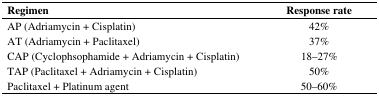
<table><thead><tr><td><b>Regimen</b></td><td><b>Response rate</b></td></tr></thead><tbody><tr><td>AP (Adriamycin + Cisplatin)</td><td>42%</td></tr><tr><td>AT (Adriamycin + Paclitaxel)</td><td>37%</td></tr><tr><td>CAP (Cyclophsophamide + Adriamycin + Cisplatin)</td><td>18–27%</td></tr><tr><td>TAP (Paclitaxel + Adriamycin + Cisplatin)</td><td>50%</td></tr><tr><td>Paclitaxel + Platinum agent</td><td>50–60%</td></tr></tbody></table>